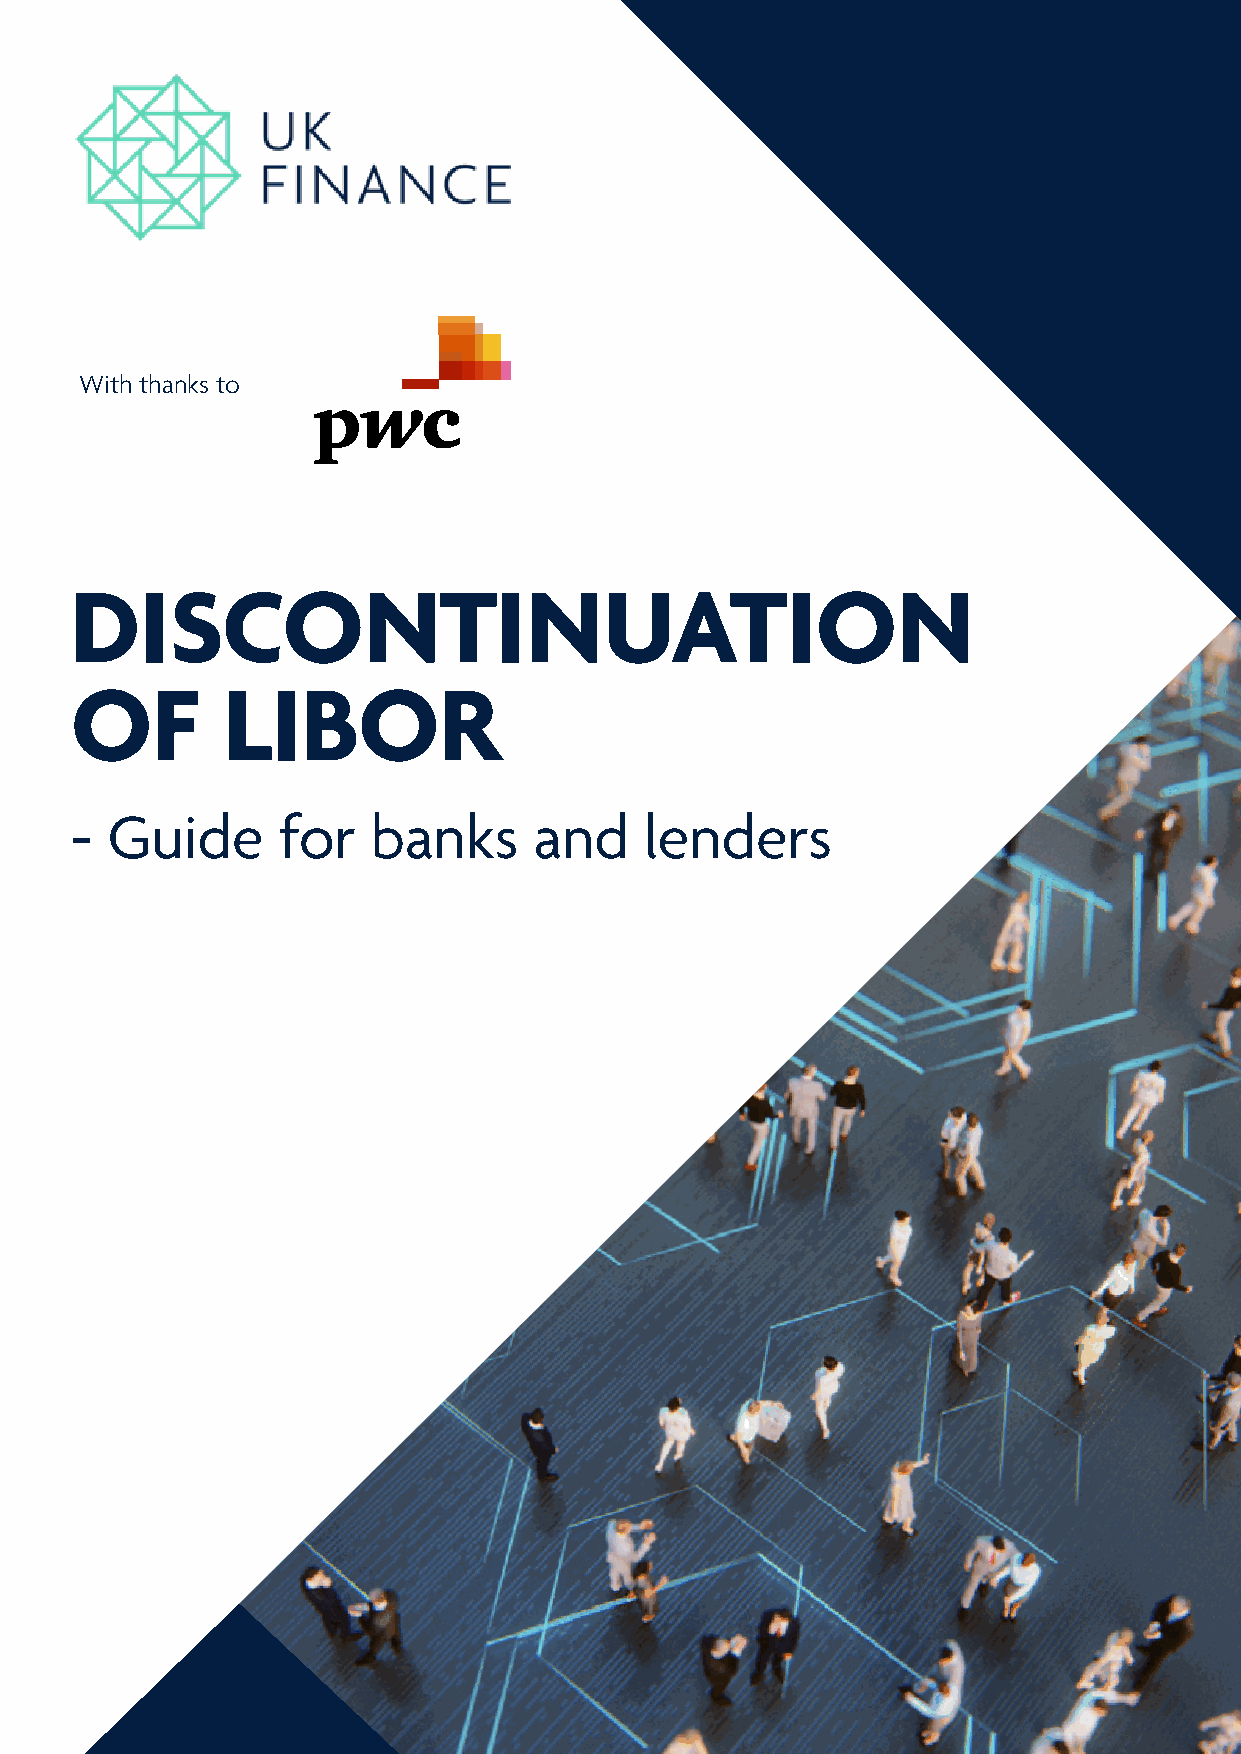
With thanks to
 DISCONTINUATION
 OF        LIBOR
 - Guide      for    banks     and     lenders